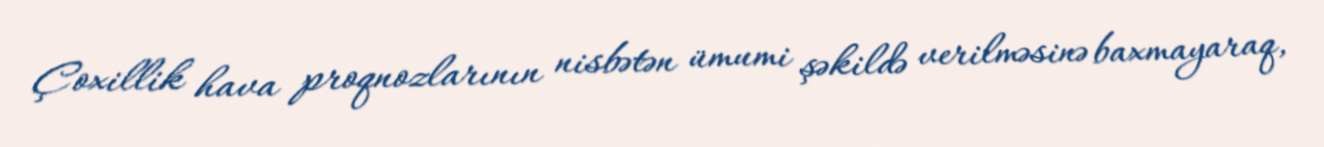
Çoxillik hava proqnozlarının nisbətən ümumi şəkildə verilməsinə baxmayaraq,